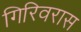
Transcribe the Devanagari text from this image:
गिरिवरास